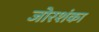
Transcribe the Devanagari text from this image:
जोरशंका